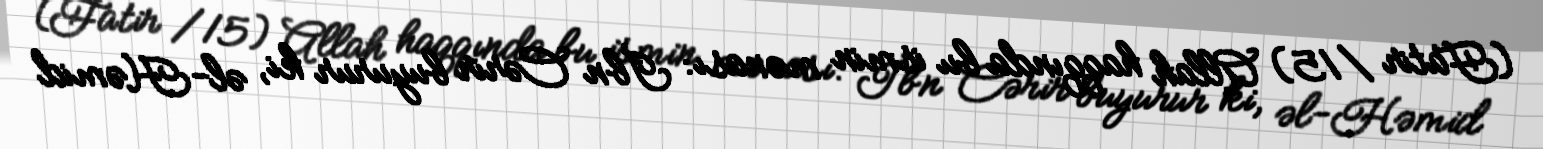
(Fatir /15) Allah haqqında bu ismin mənası: İbn Cərir buyurur ki, əl-Həmid